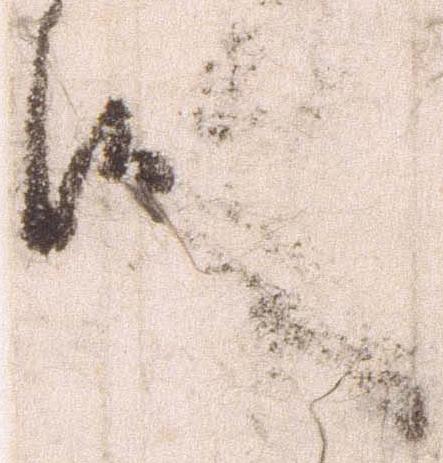
候